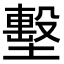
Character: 墼